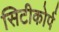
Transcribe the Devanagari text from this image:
सिटीकोर्प